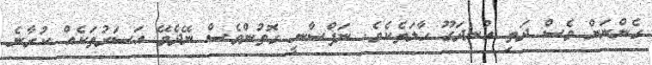
ގެންނަން ވެސް ދަތި އުނދަގޫ ހާލަތެކެވެ. ނަފްސާނީ ގޮތުންވެސް ނޭދެވޭ އަސަރުތަކެއް ކުރާނެ